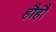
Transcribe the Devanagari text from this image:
हौहौ